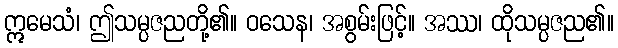
ဣမေသံ၊ ဤသမ္ပဇညတို့၏။ ဝသေန၊ အစွမ်းဖြင့်။ အဿ၊ ထိုသမ္ပဇည၏။